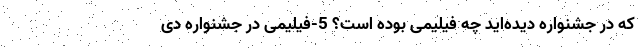
که در جشنواره دیده‌اید چه فیلیمی بوده است؟ 5-فیلیمی در جشنواره دی